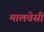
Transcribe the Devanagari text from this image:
मालवेसी